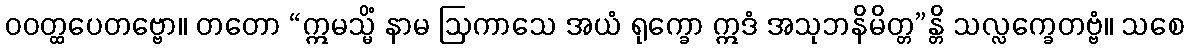
ဝဝတ္ထပေတဗ္ဗော။ တတော “ဣမသ္မိံ နာမ ဩကာသေ အယံ ရုက္ခော ဣဒံ အသုဘနိမိတ္တ”န္တိ သလ္လက္ခေတဗ္ဗံ။ သစေ